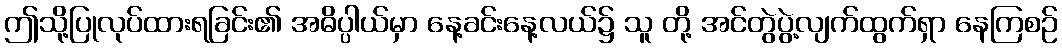
ဤသို့ပြုလုပ်ထားရခြင်း၏ အဓိပ္ပါယ်မှာ နေ့ခင်းနေ့လယ်၌ သူ တို့ အင်တွဲပွဲ့လျက်ထွက်ရှာ နေကြစဉ်